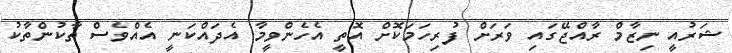
ޝަރުއީ ނިޒާމް ރާއްޖޭގައި ވަރަށް ފުރިހަމަކޮށް އޮތީ އެހެންވީމާ އެދައްކަނީ އެއްވެސް ތާކުންތާކު